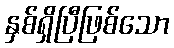
နှစ်ရှိပြီဖြစ်သော